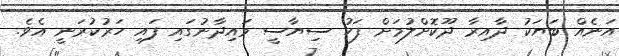
އަނެއް ބަޔަކު ދާއިރާ ދޫކޮށްލުމަށް ފަހު ސިޔާސީ މައިދާނުގައި ފައި ހަރުކުރަނީ އެވެ.